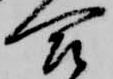
合